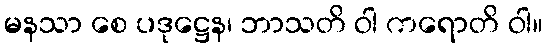
မနသာ စေ ပဒုဋ္ဌေန၊ ဘာသတိ ဝါ ကရောတိ ဝါ။